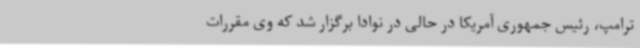
ترامپ، رئیس جمهوری آمریکا در حالی در نوادا برگزار شد که وی مقررات